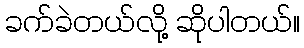
ခက်ခဲတယ်လို့ ဆိုပါတယ်။